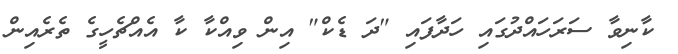
ކާނިވާ ސަރަހައްދުގައި ހަދާފައި "ދަ ޑެކް" އިން ވިއްކާ ކާ އެއްޗެހީގެ ތެރެއިން